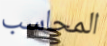
المحاسب